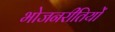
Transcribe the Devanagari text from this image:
भोजनरीतियों